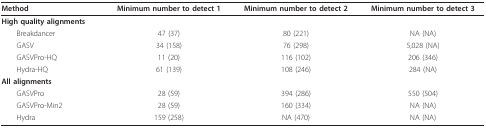
<table><thead><tr><td><b>Method</b></td><td><b>Minimum number to detect 1</b></td><td><b>Minimum number to detect 2</b></td><td><b>Minimum number to detect 3</b></td></tr></thead><tbody><tr><td><b>High quality alignments</b></td><td></td><td></td><td></td></tr><tr><td> Breakdancer</td><td>47 (37)</td><td>80 (221)</td><td>NA (NA)</td></tr><tr><td> GASV</td><td>34 (158)</td><td>76 (298)</td><td>5,028 (NA)</td></tr><tr><td> GASVPro-HQ</td><td>11 (20)</td><td>116 (102)</td><td>206 (346)</td></tr><tr><td> Hydra-HQ</td><td>61 (139)</td><td>108 (246)</td><td>284 (NA)</td></tr><tr><td><b>All alignments</b></td><td></td><td></td><td></td></tr><tr><td> GASVPro</td><td>28 (59)</td><td>394 (286)</td><td>550 (504)</td></tr><tr><td> GASVPro-Min2</td><td>28 (59)</td><td>160 (334)</td><td>NA (NA)</td></tr><tr><td> Hydra</td><td>159 (258)</td><td>NA (470)</td><td>NA (NA)</td></tr></tbody></table>